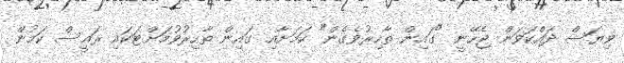
ވިޔަސް ދައްކަވަން ޖެހޭނީ "ގައިން ތާހިރުވެގެން" ކަމަށާއި ގައިން ތާހިރުވުމަށްޓަކައި ރައީސް ކަމުން